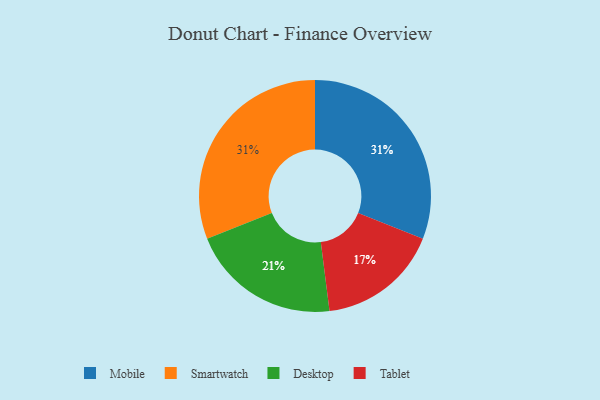
{"axis": {"x": "Category", "y": "Percentage"}, "legend": ["Desktop", "Mobile", "Smartwatch", "Tablet"], "data": [{"x": "Tablet", "y": 17, "type": "Tablet"}, {"x": "Mobile", "y": 31, "type": "Mobile"}, {"x": "Desktop", "y": 21, "type": "Desktop"}, {"x": "Smartwatch", "y": 31, "type": "Smartwatch"}]}